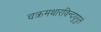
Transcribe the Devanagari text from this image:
चक्रमथारविन्दयुगुलं